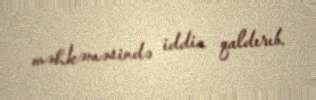
məhkəməsində iddia qaldırıb.